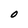
Character: O